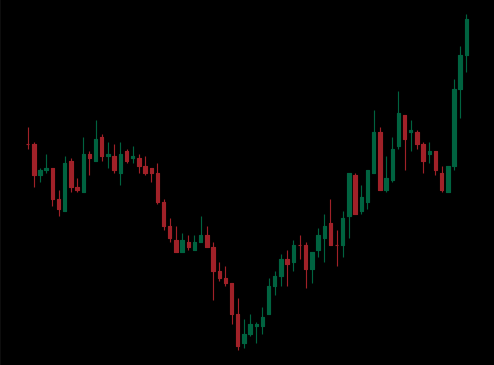
Pattern: inverse_head_shoulders